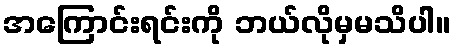
အကြောင်းရင်းကို ဘယ်လိုမှမသိပါ။